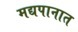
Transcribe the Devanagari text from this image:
मद्यपानात